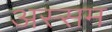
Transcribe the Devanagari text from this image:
अस्सम